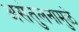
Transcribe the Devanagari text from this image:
असंतुलनामुळे